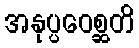
အနုပ္ပဝေစ္ဆတိ